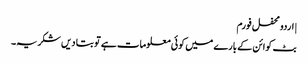
| اردو محفل فورم
بٹ کوائن کے بارے میں کوئی معلومات ہے تو بتا دیں شکریہ۔